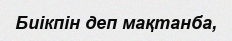
Биікпін деп мақтанба,